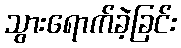
သွားရောက်ခဲ့ခြင်း